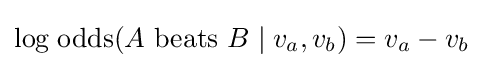
\mathrm {log\;odds} (A\ {\text{beats}}\ B\mid v_{a},v_{b})=v_{a}-v_{b}